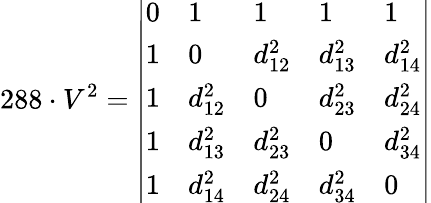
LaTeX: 288\cdot V^{2}={\left|\begin{array}{lllll}{0}&{1}&{1}&{1}&{1}\\ {1}&{0}&{d_{12}^{2}}&{d_{13}^{2}}&{d_{14}^{2}}\\ {1}&{d_{12}^{2}}&{0}&{d_{23}^{2}}&{d_{24}^{2}}\\ {1}&{d_{13}^{2}}&{d_{23}^{2}}&{0}&{d_{34}^{2}}\\ {1}&{d_{14}^{2}}&{d_{24}^{2}}&{d_{34}^{2}}&{0}\end{array}\right|}